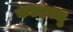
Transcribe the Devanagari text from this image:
कडहरलु